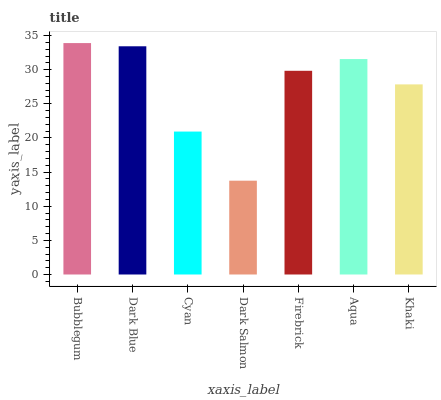
| xaxis_label | bars |
 | --- | --- |
 | Bubblegum | 33.9 |
 | Dark Blue | 33.4 |
 | Cyan | 20.9 |
 | Dark Salmon | 13.7 |
 | Firebrick | 29.8 |
 | Aqua | 31.6 |
 | Khaki | 27.8 |